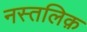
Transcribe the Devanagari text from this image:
नस्तलिक़